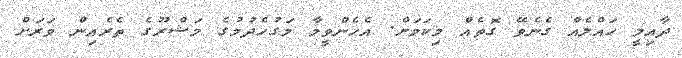
ދާއިމީ ހައްލެއް ގެނެވޭ ގޮތެއް މިކަމަށް. އެހެންވީމާ މަގުހެދުމުގެ މަޝްރޫގެ ތެރެއިން ވަރަށް